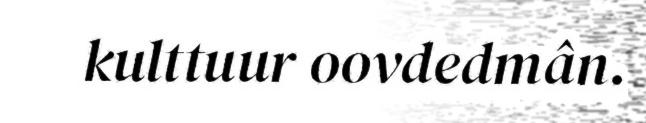
kulttuur oovdedmân.